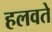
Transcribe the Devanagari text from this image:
हलवते